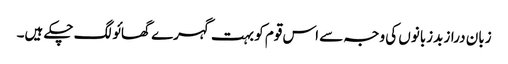
زبان دراز بدزبانوں کی وجہ سے اس قوم کو بہت گہرے گھائو لگ چکے ہیں۔